Leaving Certificate Examination, 1918
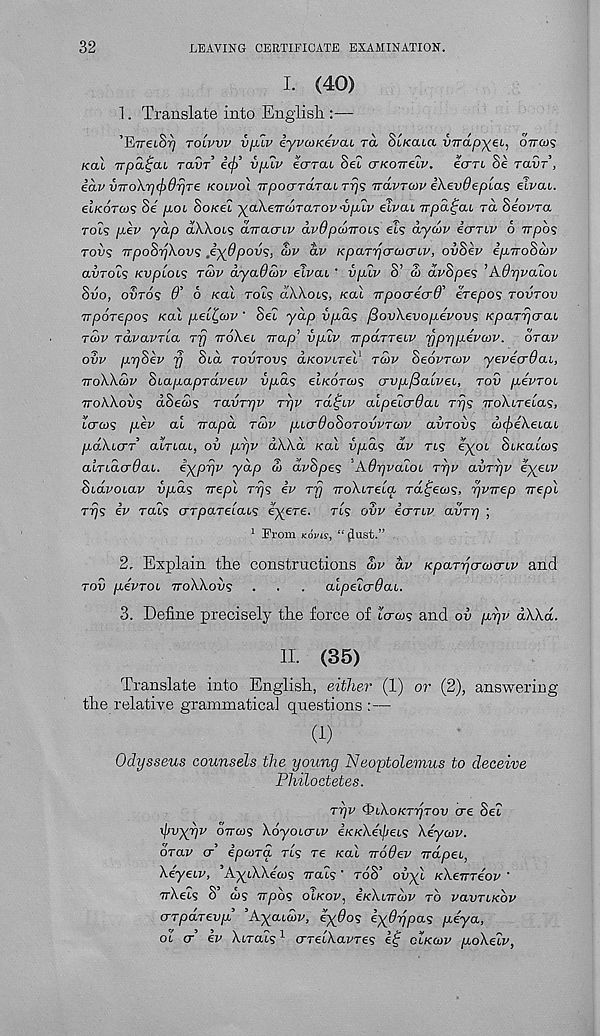
32
LEAVING CERTIFICATE EXAMINATION.
I. (40)
1. Translate into English.:—
’EireiS"^ tolvvv vjjuv iyvcoKevcu ra St/caia inrap^ei,, ottcms
/cat rrpa^ai ravT icf/ vplv ecrrat 8el (jKoirelv, ecrri 8e ravr',
iav vTTo\r](j)drjTe kolvo'i TTpocrTarat tijs TrdvTwv i\ev6epias sivcu.
eiKOTw? Se' poi So/eet '^aXeTTcoTaTOvvp.iv eivou vpa^cu ra Seovra
tois pikv yap ixWols aTTacnv dvdpdnrois els dyd>v icmv 6 irpbs
rovs TrpoSijXov? J.ydpov<;, £>v dv KpaTyjcrcocnv, ovSev ip.TToSd>v
avrois KUpLocs tS>v dyaOcov eivai ' vpiv S’ a> dv^pes ’KOrjvaioL
Silo, oSros 0’ 6 /eat rots dAAots, /eat ^rpo<Tecr0 , erepos tovtov
nporepos Kal pel^cov' Set yap u/xds /3ov\evopevov<; Kparr/crai,
T(t)v rdvavTLa Trj iroXet Trap’ vpiv irparTeiv yprjpevcov. orav
ovv ppSev fj Std tovtovs d/eoftret 1 t&>v Seovraiv yevecrOai,
TToWcov SiapapraveLv vpds et/eorw? avp^alvei, tov /reVrot
ttoAXous dSectj? TavTTjv Tpv tol^lv aipelcrdai Trjs iroXtretas,
tcrcos pev at irapd tcov purOoSoTovvTcov avrovs di(£e\etai
pdXurT atrtat, ou prjv dWd Kal vpds dv rts ^X 0L St/eatw?
atrtdcr^at. ^XPV V J^P “ dvhpes ’AOrjvaZoL rrjv avTTjv e^etf
SbdvoLav vpds nepl rrjs ev Tjj TroXtreta rctfecus, rjvjrep nepl
T7j5 iv rats crrpaTeiabq e^ere. rts ovv iariv avTY] ;
1 From KovLSy “(lust.”
2. Explain the constructions S)v dv KpaTpcrcoonv and
toO pevroL ttoXXov? . . . aipeicrdab.
3. Define precisely the force of tcrws and od /at)/' dXXct.
II. (35)
Translate into English, either (1) o?’ (2), answering
the relative grammatical questions :—
(1)
Odysseus counsels the young Neoptolemus to deceive
Philoctetes.
Tyv (piAoKTrjrov ere Set
xpvxvv orreos Xoyotcrti' e’/e/eXe'/Z/et? Xeywv.
brav cr’ ipcora tls re Kal iroffev Trdpet,
Xeyeiv, ’AytXXe’o/s /rat? ‘ rdS’ ovyt KXenreov '
TrXets S ws tt/tos oIkov, e/eXiirwz' to vavrueov
(TTpaTevp ’Ayaidv, eydos iyBrjpa? peya,
Ob <r ev Xtrats 1 crretXa/'re? e£ cIkcov poXeiv,